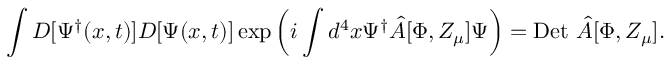
\int D [ \Psi ^ { \dagger } ( x , t ) ] D [ \Psi ( x , t ) ] \exp \left( i \int d ^ { 4 } x \Psi ^ { \dagger } \hat { A } [ \Phi , Z _ { \mu } ] \Psi \right) = \mathrm { D e t ~ } \hat { A } [ \Phi , Z _ { \mu } ] .